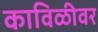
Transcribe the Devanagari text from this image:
काविळीवर